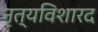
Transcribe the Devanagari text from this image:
नृत्यविशारद